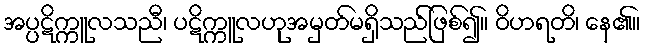
အပ္ပဋိက္ကူလသညီ၊ ပဋိက္ကူလဟုအမှတ်မရှိသည်ဖြစ်၍။ ဝိဟရတိ၊ နေ၏။